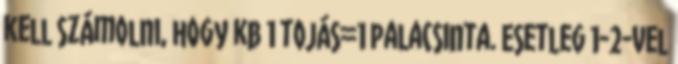
kell számolni, hogy kb 1 tojás=1 palacsinta. Esetleg 1-2-vel